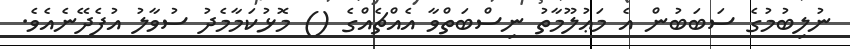
ނުލިބުމުގެ ސަބަބުން އެ މަޢުލޫމާތު ނިސްބަތްވާ އެއްޗެއްގެ () މޮޅުކަމާމެދު ސުވާލު އުފެދޭނެއެވެ.